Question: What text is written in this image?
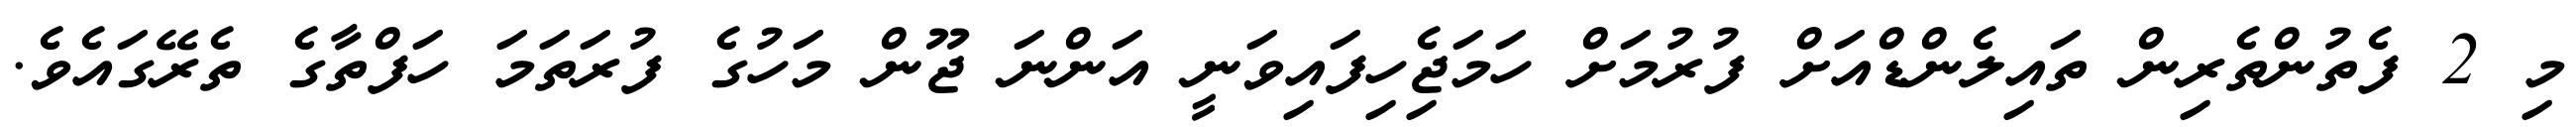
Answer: މި 2 ފެތުންތެރިން ތައިލެންޑްއަށް ފުރުމަށް ހަމަޖެިހިފައިވަނީ އަންނަ ޖޫން މަހުގެ ފުރަތަމަ ހަފްތާގެ ތެރޭގައެވެ.